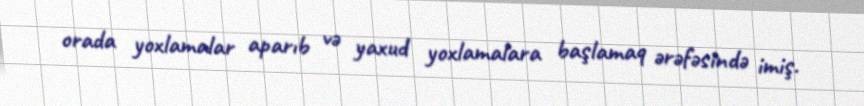
orada yoxlamalar aparıb və yaxud yoxlamalara başlamaq ərəfəsində imiş.